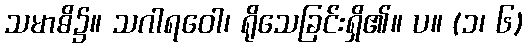
သမာဓိ၌။ သဂါရဝေါ၊ ရိုသေခြင်းရှိ၏။ ပ။ (၁၊ ၆)